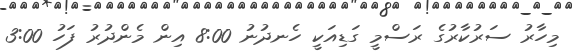
މިހާރު ސަރުކާރުގެ ރަސްމީ ގަޑިއަކީ ހެނދުނު 8:00 އިން މެންދުރު ފަހު 3:00